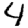
Digit: 4